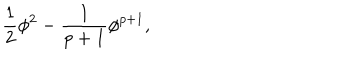
\frac { 1 } { 2 } \phi ^ { 2 } - \frac { 1 } { p + 1 } \phi ^ { p + 1 } ,